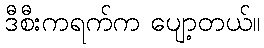
ဒီစီးကရက်က ပျော့တယ်။